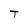
Character: T